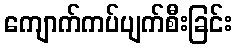
ကျောက်ကပ်ပျက်စီးခြင်း